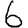
Digit: 6